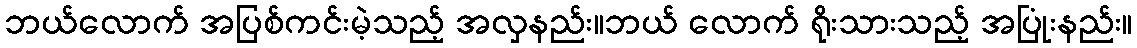
ဘယ်လောက် အပြစ်ကင်းမဲ့သည့် အလှနည်း။ဘယ် လောက် ရိုးသားသည့် အပြုံးနည်း။